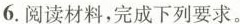
6.阅读材料，完成下列要求。